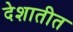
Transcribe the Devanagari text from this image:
देशातीत